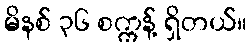
မိနစ် ၃၆ စက္ကန့် ရှိတယ်။